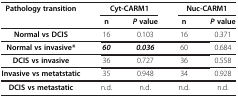
| <ROWSPAN=2> Pathology transition | <COLSPAN=2> Cyt-CARM1 | <COLSPAN=2> Nuc-CARM1 |
 | n | P value | n | P value |
 | --- | --- | --- | --- | --- |
 | Normal vs DCIS | 16 | 0.103 | 16 | 0.371 |
 | Normal vs invasive* | 60 | 0.036 | 60 | 0.684 |
 | DCIS vs invasive | 36 | 0.727 | 36 | 0.558 |
 | Invasive vs metatstatic | 35 | 0.948 | 34 | 0.928 |
 | DCIS vs metastatic | n.d. | n.d. | n.d. | n.d. |